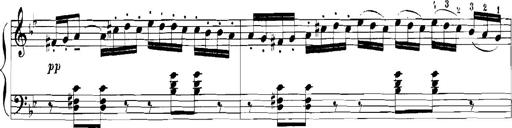
Title: Rhapsodies hongroises
Composer: Franz Liszt